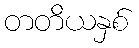
တတိယနှစ်